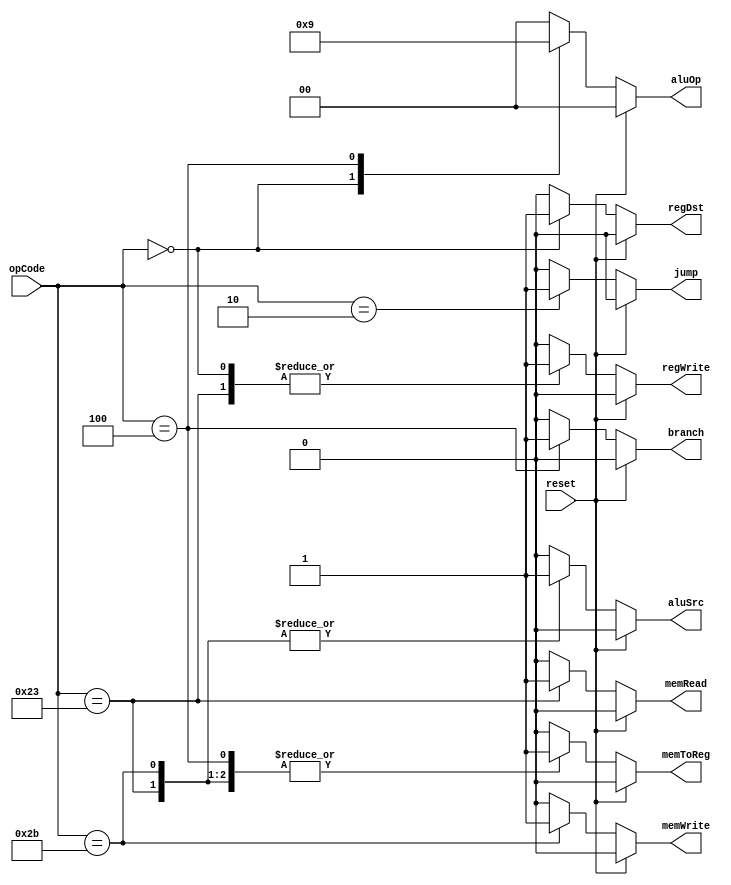
`timescale 1ns / 1ps
//////////////////////////////////////////////////////////////////////////////////
// Company: 
// Engineer: 
// 
// Design Name: 
// Module Name:    Ctr 
// Project Name: 
// Target Devices: 
// Tool versions: 
// Description: 
//
// Dependencies: 
//
// Revision: 
// Revision 0.01 - File Created
// Additional Comments: 
//
//////////////////////////////////////////////////////////////////////////////////
module Ctr(
	 input reset, 
    input [5:0] opCode,
    output reg regDst,
    output reg aluSrc,
    output reg memToReg,
    output reg regWrite,
    output reg memRead,
    output reg memWrite,
    output reg branch,
    output reg [1:0] aluOp,
    output reg jump
    );
	
	always @ (opCode or reset)
	begin
	if(reset)
	begin
				regDst = 0;
				aluSrc = 0;
				memToReg = 0;
				regWrite = 0;
				memRead = 0;
				memWrite = 0;
				branch =0;
				aluOp = 2'b00;
				jump = 0;
	end
	else
	case (opCode)
			6'b000010:
			begin
				regDst = 0;
				aluSrc = 0;
				memToReg = 0;
				regWrite = 0;
				memRead = 0;
				memWrite = 0;
				branch =0;
				aluOp = 2'b00;
				jump = 1;
			end
			//R
			6'b000000:
			begin
				regDst = 1;
				aluSrc = 0;
				memToReg = 0;
				regWrite = 1;
				memRead = 0;
				memWrite = 0;
				branch =0;
				aluOp = 2'b10;
				jump = 0;
			end
			//lw
			6'b100011:
			begin
				regDst = 0;
				aluSrc = 1;
				memToReg = 1;
				regWrite = 1;
				memRead = 1;
				memWrite = 0;
				branch =0;
				aluOp = 2'b00;
				jump = 0;
			end
			//sw
			6'b101011:
			begin
				regDst = 0;
				aluSrc = 1;
				memToReg = 1;
				regWrite = 0;
				memRead = 0;
				memWrite = 1;
				branch =0;
				aluOp = 2'b00;
				jump = 0;
			end
			//beq
			6'b000100:
			begin
				regDst = 0;
				aluSrc = 0;
				memToReg = 1;
				regWrite = 0;
				memRead = 0;
				memWrite = 0;
				branch =1;
				aluOp = 2'b01;
				jump = 0;
			end
			default:
			begin
				regDst = 0;
				aluSrc = 0;
				memToReg = 0;
				regWrite = 0;
				memRead = 0;
				memWrite = 0;
				branch =0;
				aluOp = 2'b00;
				jump = 0;
			end
		endcase
		end
endmodule